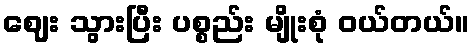
ဈေး သွားပြီး ပစ္စည်း မျိုးစုံ ဝယ်တယ်။